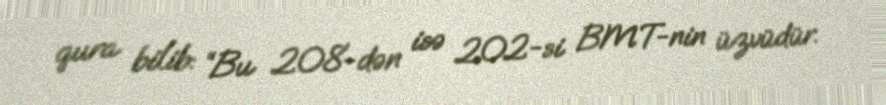
qura bilib: “Bu 208-dən isə 202-si BMT-nin üzvüdür.